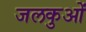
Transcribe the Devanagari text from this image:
जलकुओं